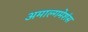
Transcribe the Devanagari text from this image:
अमाल्गमेशंस